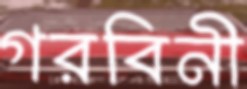
গরবিনী